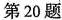
第20题